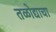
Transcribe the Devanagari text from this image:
तळोद्याचा